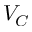
V _ { C }